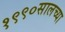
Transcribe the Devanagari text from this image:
१९९०सालच्या